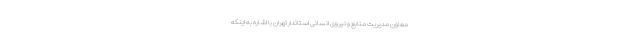
معاون مدیریت منابع و نیروی انسانی استاندار تهران با اشاره به اینکه